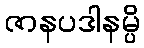
ဇာနပဒါနမ္ပိ